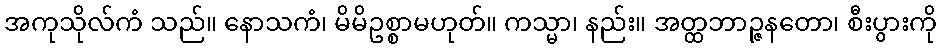
အကုသိုလ်ကံ သည်။ နောသကံ၊ မိမိဥစ္စာမဟုတ်။ ကသ္မာ၊ နည်း။ အတ္ထဘာဉ္ဇနတော၊ စီးပွားကို